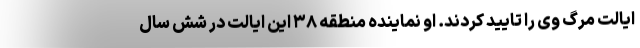
ایالت مرگ وی را تایید کردند. او نماینده منطقه ۳۸ این ایالت در شش سال